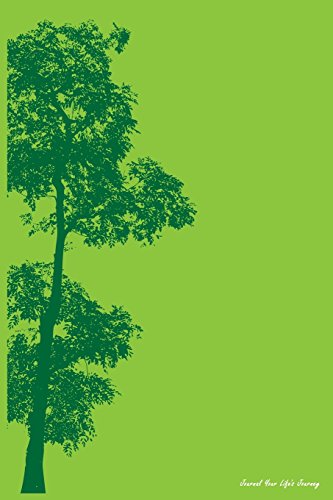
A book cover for Journal Your Life's Journey: Urban Tree, Lined Journal, 6 x 9, 100 Pages; Journal Your Life's Journey; Self-Help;